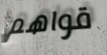
قواهم